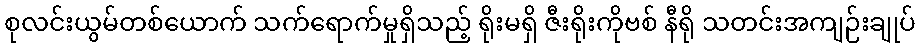
စုလင်းယွမ်တစ်ယောက် သက်ရောက်မှုရှိသည့် ရိုးမရှိ ဇီးရိုးကိုဗစ် နီရို သတင်းအကျဉ်းချုပ်